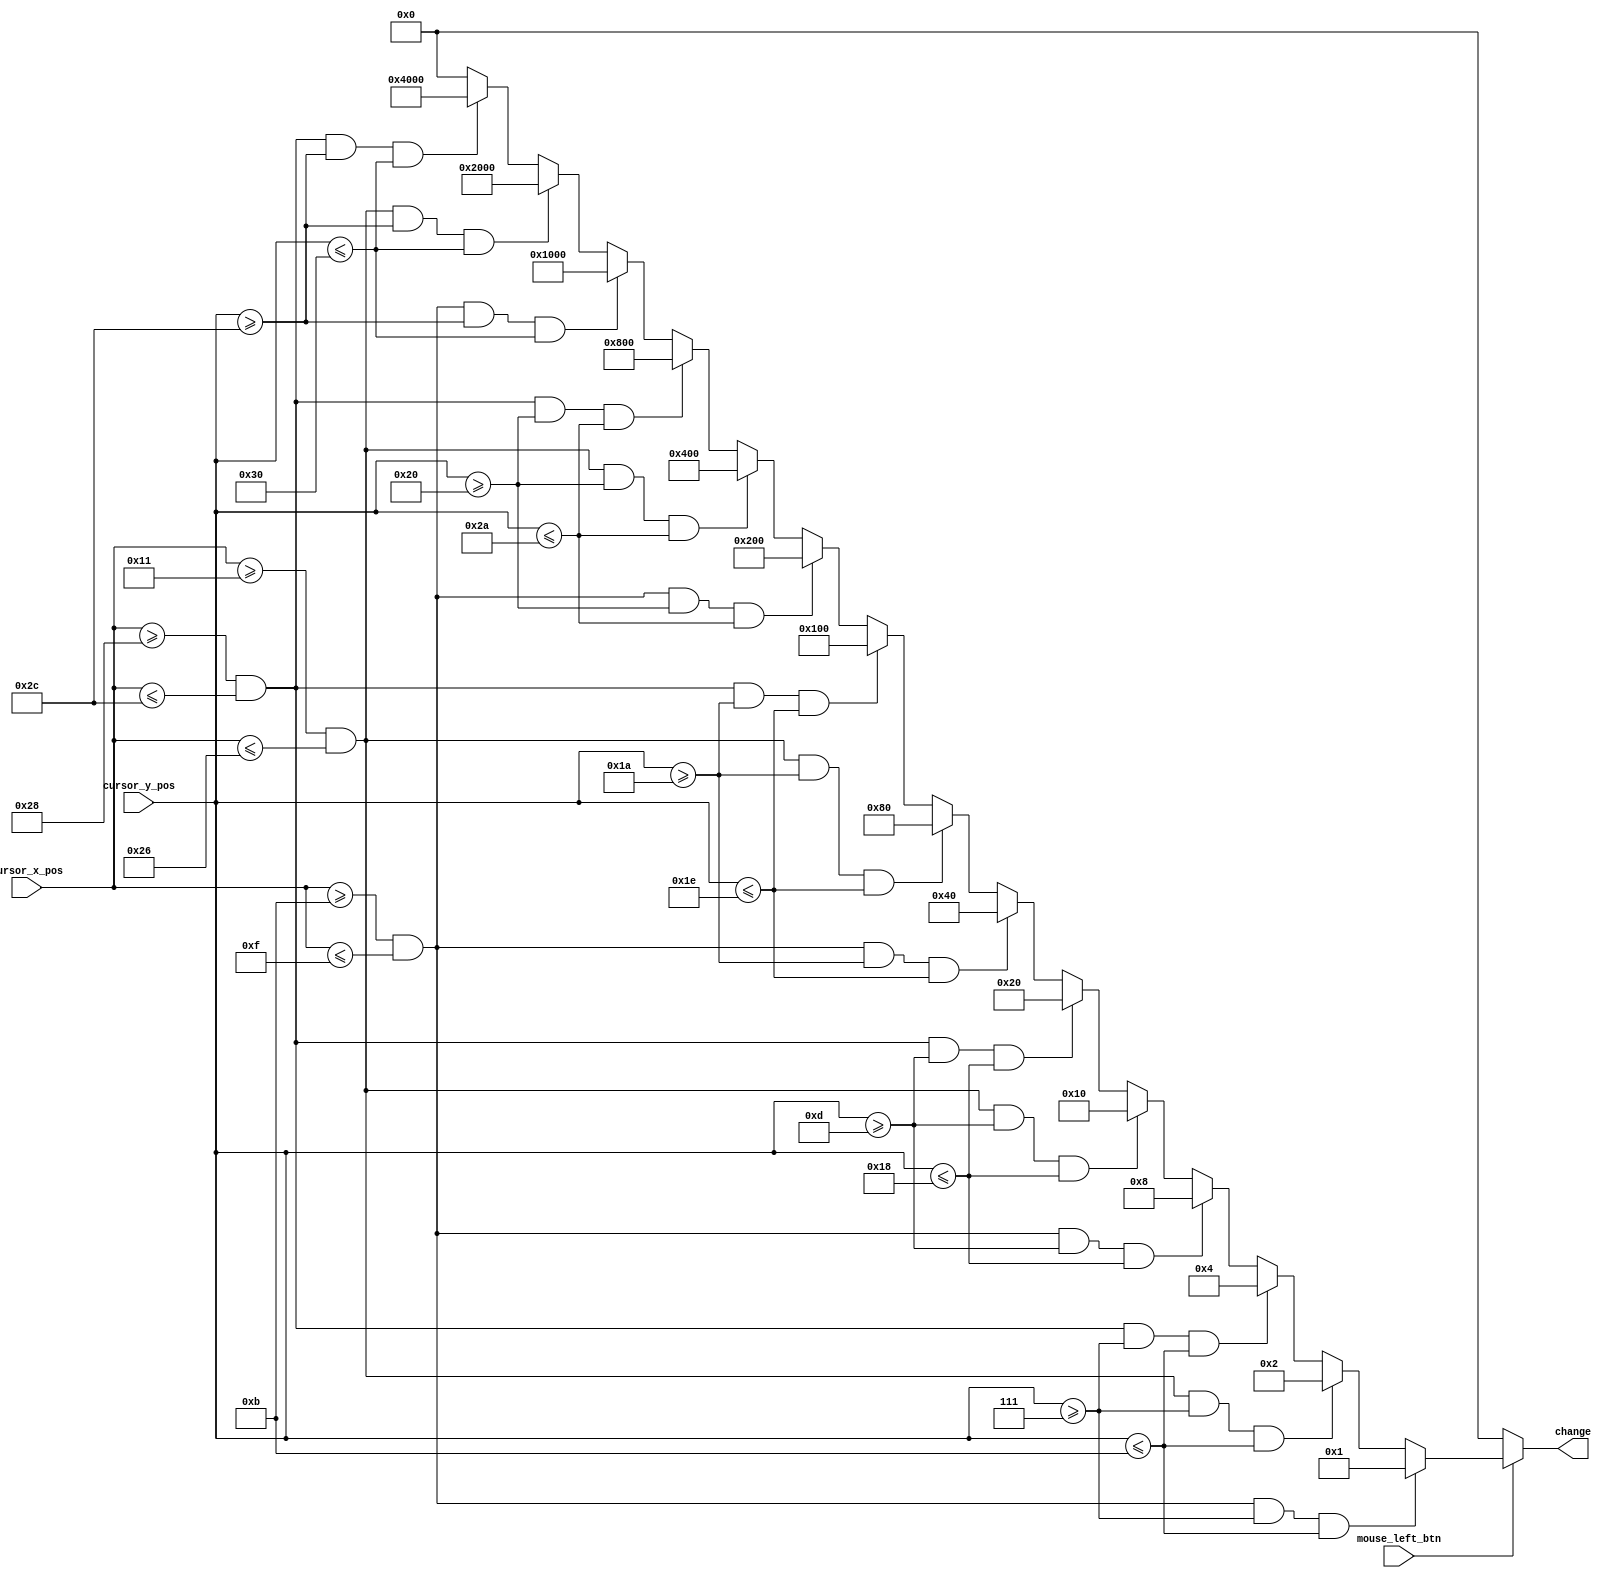
`timescale 1ns / 1ps
//////////////////////////////////////////////////////////////////////////////////
// Company: 
// Engineer: 
// 
// Design Name: 
// Module Name: get_segment
// Project Name: 
// Target Devices: 
// Tool Versions: 
// Description: 
// 
// Dependencies: 
// 
// Revision:
// Revision 0.01 - File Created
// Additional Comments:
// 
//////////////////////////////////////////////////////////////////////////////////


module get_segment(
    input [6:0] cursor_x_pos,
    input [5:0] cursor_y_pos,
    input mouse_left_btn,
    output reg [14:0] change
    );
    always @ (*) begin
        if (mouse_left_btn) begin
            if (cursor_x_pos >= 11 && cursor_x_pos <= 15 && cursor_y_pos >= 7 && cursor_y_pos <= 11) begin
                change <= (1 << 0);
            end
            else if (cursor_x_pos >= 17 && cursor_x_pos <= 38 && cursor_y_pos >= 7 && cursor_y_pos <= 11) begin
                change <= (1 << 1);
            end
            else if (cursor_x_pos >= 40 && cursor_x_pos <= 44 && cursor_y_pos >= 7 && cursor_y_pos <= 11) begin
                change <= (1 << 2);
            end
            else if (cursor_x_pos >= 11 && cursor_x_pos <= 15 && cursor_y_pos >= 13 && cursor_y_pos <= 24) begin
                change <= (1 << 3);
            end
            else if (cursor_x_pos >= 17 && cursor_x_pos <= 38 && cursor_y_pos >= 13 && cursor_y_pos <= 24) begin
                change <= (1 << 4);
            end
            else if (cursor_x_pos >= 40 && cursor_x_pos <= 44 && cursor_y_pos >= 13 && cursor_y_pos <= 24) begin
                change <= (1 << 5);
            end
            else if (cursor_x_pos >= 11 && cursor_x_pos <= 15 && cursor_y_pos >= 26 && cursor_y_pos <= 30) begin
                change <= (1 << 6);
            end
            else if (cursor_x_pos >= 17 && cursor_x_pos <= 38 && cursor_y_pos >= 26 && cursor_y_pos <= 30) begin
                change <= (1 << 7);
            end
            else if (cursor_x_pos >= 40 && cursor_x_pos <= 44 && cursor_y_pos >= 26 && cursor_y_pos <= 30) begin
                change <= (1 << 8);
            end  
            else if (cursor_x_pos >= 11 && cursor_x_pos <= 15 && cursor_y_pos >= 32 && cursor_y_pos <= 42) begin
                change <= (1 << 9);
            end
            else if (cursor_x_pos >= 17 && cursor_x_pos <= 38 && cursor_y_pos >= 32 && cursor_y_pos <= 42) begin
                change <= (1 << 10);
            end
            else if (cursor_x_pos >= 40 && cursor_x_pos <= 44 && cursor_y_pos >= 32 && cursor_y_pos <= 42) begin
                change <= (1 << 11);
            end
            else if (cursor_x_pos >= 11 && cursor_x_pos <= 15 && cursor_y_pos >= 44 && cursor_y_pos <= 48) begin
                change <= (1 << 12);
            end
            else if (cursor_x_pos >= 17 && cursor_x_pos <= 38 && cursor_y_pos >= 44 && cursor_y_pos <= 48) begin
                change <= (1 << 13);
            end
            else if (cursor_x_pos >= 40 && cursor_x_pos <= 44 && cursor_y_pos >= 44 && cursor_y_pos <= 48) begin
                change <= (1 << 14);
            end
            else begin
                change <= 0;
            end         
        end
        else begin
            change <= 0;
        end
    end
endmodule